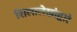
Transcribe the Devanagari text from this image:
शिलालेखांद्वारे